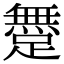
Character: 𨅐